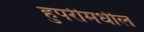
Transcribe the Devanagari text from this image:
हुपरीमधील